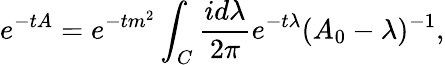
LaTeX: e^{-tA}=e^{-tm^{2}}\int_{C}\frac{id\lambda}{2\pi}e^{-t\lambda}(A_{0}-\lambda)^{-1},